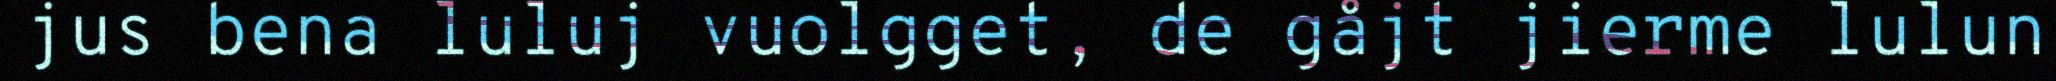
jus bena luluj vuolgget, de gåjt jierme lulun